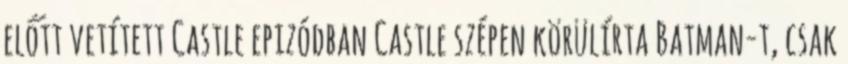
előtt vetített Castle epizódban Castle szépen körülírta Batman-t, csak